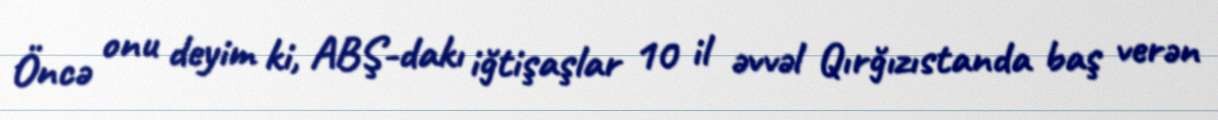
Öncə onu deyim ki, ABŞ-dakı iğtişaşlar 10 il əvvəl Qırğızıstanda baş verən